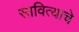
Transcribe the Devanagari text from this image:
सावित्याचे